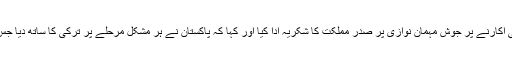
ترک مسلم افواج کے سربراہ جنرل جنرل ہلو سی آکارنے پر جوش مہمان نوازی پر صدر مملکت کا شکریہ ادا کیا اور کہا کہ پاکستان نے ہر مشکل مرحلے پر ترکی کا ساتھ دیا جس پرترک قوم پاکستانی عوام کی شکر گزار ہے۔